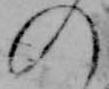
の